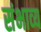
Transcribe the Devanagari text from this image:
संभाव्‍य